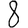
Digit: 8